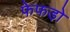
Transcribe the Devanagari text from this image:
फेफडो़